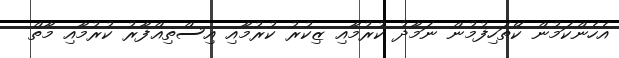
އެހެންކަމުން ކޭތަހިފުމުން ނަމާދު ކުރުމާއި ޒިކުރު ކުރުމާއި އިސްތިޣްފާރު ކުރުމާއި މާތް